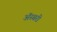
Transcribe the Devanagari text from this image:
अॅस्बरी